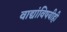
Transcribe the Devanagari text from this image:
वाद्यांविषयीही